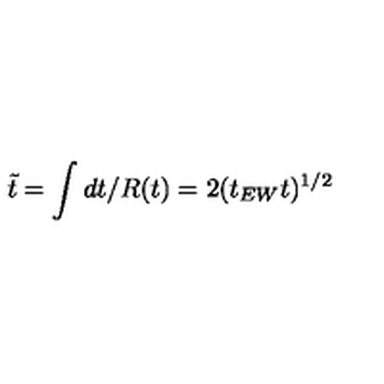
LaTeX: \tilde { t } = \int d t / R ( t ) = 2 ( t _ { E W } t ) ^ { 1 / 2 }